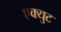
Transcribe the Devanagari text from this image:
एक्युट